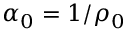
\alpha _ { 0 } = 1 / \rho _ { 0 }